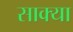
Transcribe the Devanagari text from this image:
साक्या